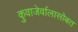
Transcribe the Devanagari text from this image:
कुवाजेर्वालासोबत